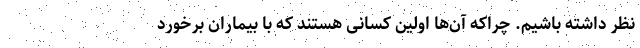
نظر داشته باشیم. چراکه آن‌ها اولین کسانی هستند که با بیماران برخورد